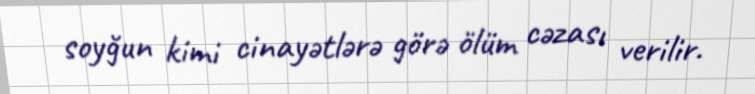
soyğun kimi cinayətlərə görə ölüm cəzası verilir.